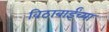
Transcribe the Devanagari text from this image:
विठाबाईंच्या